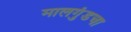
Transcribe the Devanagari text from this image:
मालगुंडचा